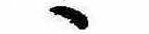
ゝ